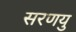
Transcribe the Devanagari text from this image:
सरणयु